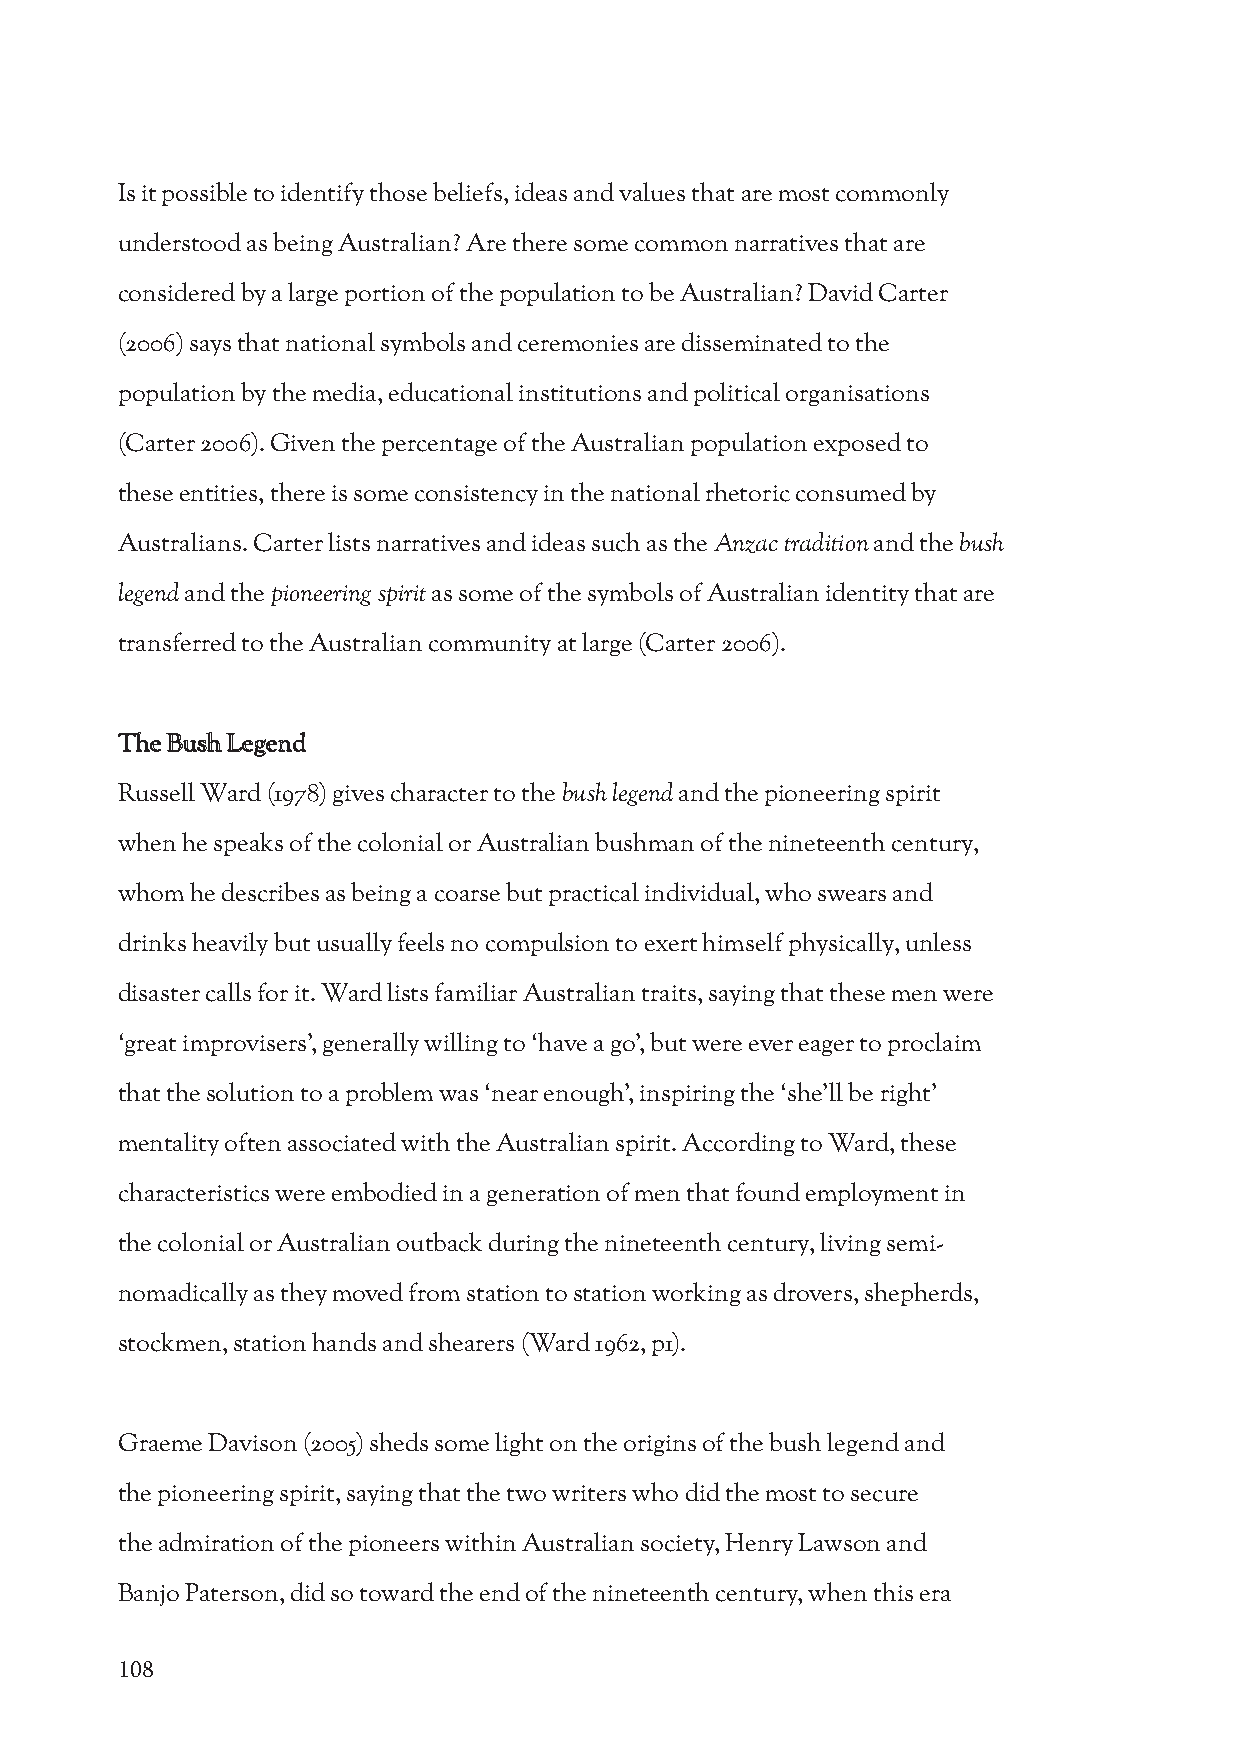
Is it possible to identify those beliefs, ideas and values that are most commonly
 understood as being Australian? Are there some common narratives that are
 considered by a large portion of the population to be Australian? David Carter
 (2006) says that national symbols and ceremonies are disseminated to the
 population by the media, educational institutions and political organisations
 (Carter 2006). Given the percentage of the Australian population exposed to
 these entities, there is some consistency in the national rhetoric consumed by
 Australians. Carter lists narratives and ideas such as the Anzac tradition and the bush
 legend and the pioneering spirit as some of the symbols of Australian identity that are
 transferred to the Australian community at large (Carter 2006).
 The Bush Legend
 Russell Ward (1978) gives character to the bush legend and the pioneering spirit
 when he speaks of the colonial or Australian bushman of the nineteenth century,
 whom he describes as being a coarse but practical individual, who swears and
 drinks heavily but usually feels no compulsion to exert himself physically, unless
 disaster calls for it. Ward lists familiar Australian traits, saying that these men were
 ‘great improvisers’, generally willing to ‘have a go’, but were ever eager to proclaim
 that the solution to a problem was ‘near enough’, inspiring the ‘she’ll be right’
 mentality often associated with the Australian spirit. According to Ward, these
 characteristics were embodied in a generation of men that found employment in
 the colonial or Australian outback during the nineteenth century, living semi-
 nomadically as they moved from station to station working as drovers, shepherds,
 stockmen, station hands and shearers (Ward 1962, p1).
 Graeme Davison (2005) sheds some light on the origins of the bush legend and
 the pioneering spirit, saying that the two writers who did the most to secure
 the admiration of the pioneers within Australian society, Henry Lawson and
 Banjo Paterson, did so toward the end of the nineteenth century, when this era
 108